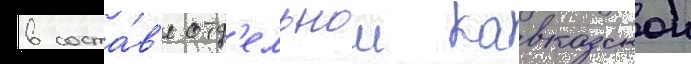
в соста́в'е отд'ельнои кавказскои